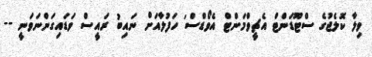
ވިލާ ކޮލެޖުގެ ސްޓޫޑަންޓް އެޗީވްމަންޓް އެވޯޑްސް' ހަފުލާއަށް ނައިބު ރައީސް ވަޑައިގަންނަވަނީ --